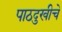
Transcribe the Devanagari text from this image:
पाठदुखीचे